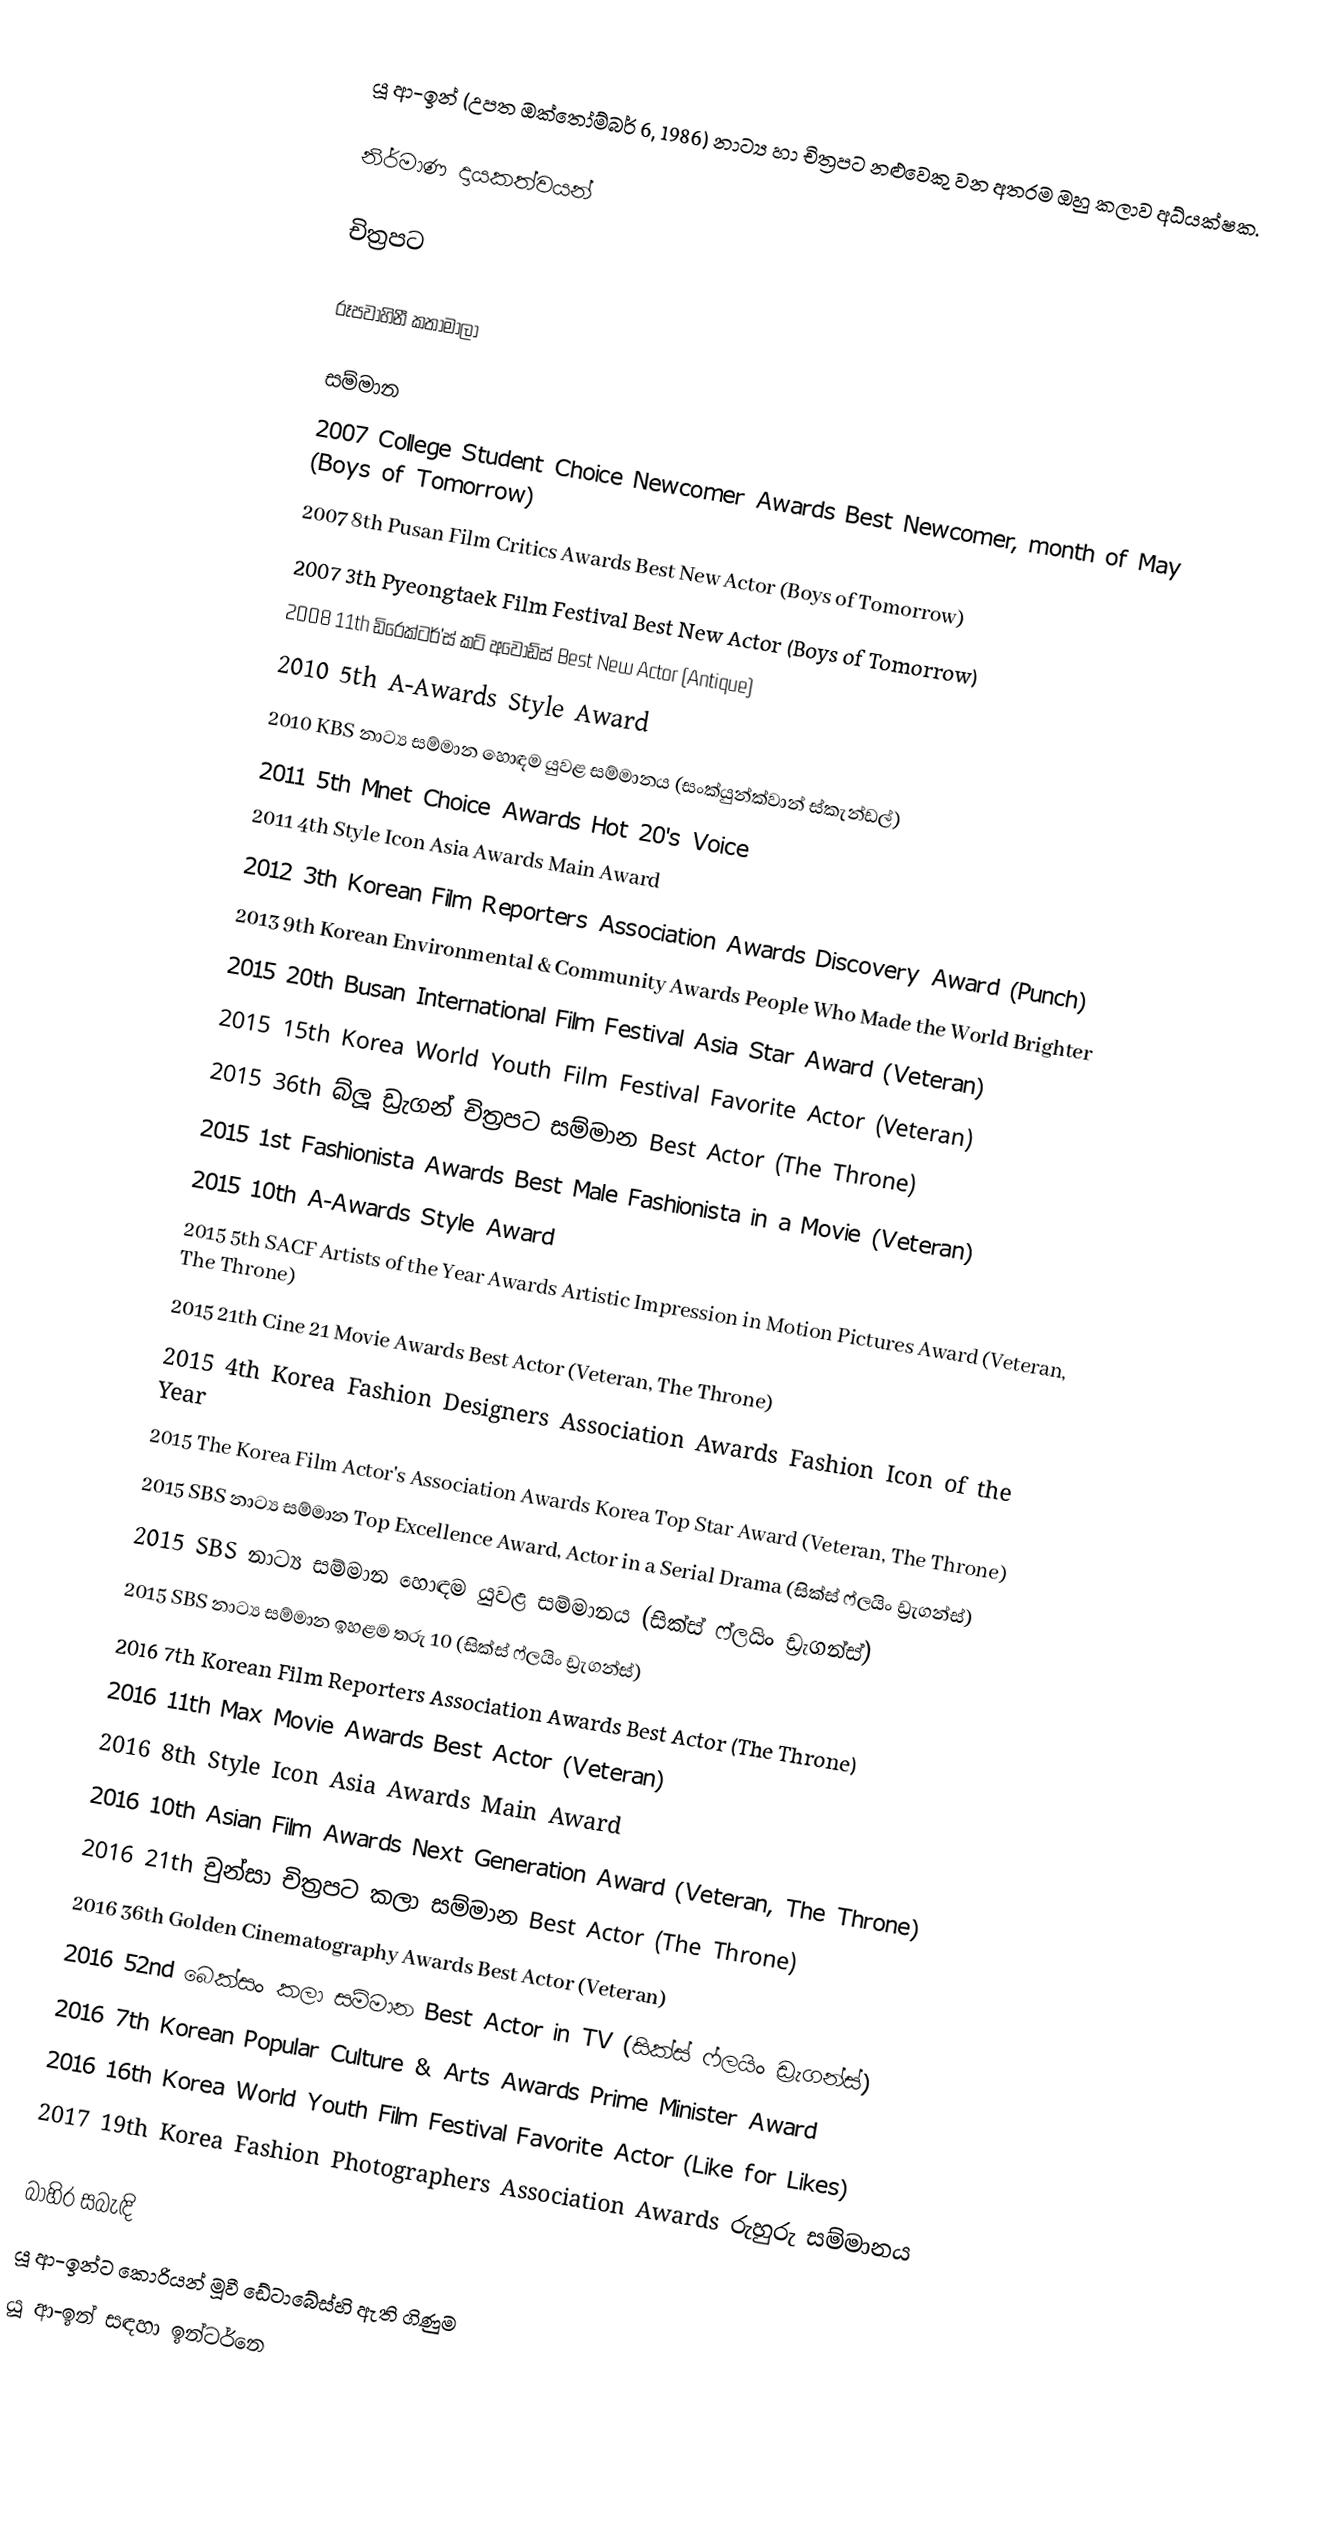
යූ ආ-ඉන් (උපත ඔක්තෝම්බර් 6, 1986) නාට්‍ය හා චිත්‍රපට නළුවෙකු වන අතරම ඔහු කලාව අධ්යක්ෂක.

නිර්මාණ දායකත්වයන්

චිත්‍රපට

රූපවාහිනී කතාමාලා

සම්මාන
 2007 College Student Choice Newcomer Awards Best Newcomer, month of May (Boys of Tomorrow)
 2007 8th Pusan Film Critics Awards Best New Actor (Boys of Tomorrow)
 2007 3th Pyeongtaek Film Festival Best New Actor (Boys of Tomorrow)
 2008 11th ඩිරෙක්ටර්'ස් කට් අවෝඩ්ස් Best New Actor (Antique)
 2010 5th A-Awards Style Award
 2010 KBS නාට්‍ය සම්මාන හොඳම යුවළ සම්මානය (සංක්යුන්ක්වාන් ස්කැන්ඩල්)
 2011 5th Mnet Choice Awards Hot 20's Voice
 2011 4th Style Icon Asia Awards Main Award
 2012 3th Korean Film Reporters Association Awards Discovery Award (Punch)
 2013 9th Korean Environmental & Community Awards People Who Made the World Brighter
 2015 20th Busan International Film Festival Asia Star Award (Veteran)
 2015 15th Korea World Youth Film Festival Favorite Actor (Veteran)
 2015 36th බ්ලූ ඩ්‍රැගන් චිත්‍රපට සම්මාන	 Best Actor (The Throne)
 2015 1st Fashionista Awards Best Male Fashionista in a Movie (Veteran)
 2015 10th A-Awards Style Award
 2015 5th SACF Artists of the Year Awards Artistic Impression in Motion Pictures Award (Veteran, The Throne)
 2015 21th Cine 21 Movie Awards Best Actor (Veteran, The Throne)
 2015 4th Korea Fashion Designers Association Awards Fashion Icon of the Year
 2015 The Korea Film Actor's Association Awards Korea Top Star Award (Veteran, The Throne)
 2015 SBS නාට්‍ය සම්මාන Top Excellence Award, Actor in a Serial Drama (සික්ස් ෆ්ලයිං ඩ්‍රැගන්ස්)
 2015 SBS නාට්‍ය සම්මාන හොඳම යුවළ සම්මානය (සික්ස් ෆ්ලයිං ඩ්‍රැගන්ස්)
 2015 SBS නාට්‍ය සම්මාන ඉහළම තරු 10 (සික්ස් ෆ්ලයිං ඩ්‍රැගන්ස්)
 2016 7th Korean Film Reporters Association Awards Best Actor (The Throne)
 2016 11th Max Movie Awards Best Actor (Veteran)
 2016 8th Style Icon Asia Awards Main Award
 2016 10th Asian Film Awards Next Generation Award (Veteran, The Throne)
 2016 21th චුන්සා චිත්‍රපට කලා සම්මාන Best Actor (The Throne)
 2016 36th Golden Cinematography Awards Best Actor (Veteran)
 2016 52nd බෙක්සං කලා සම්මාන Best Actor in TV (සික්ස් ෆ්ලයිං ඩ්‍රැගන්ස්)
 2016 7th Korean Popular Culture & Arts Awards Prime Minister Award
 2016 16th Korea World Youth Film Festival Favorite Actor (Like for Likes)
 2017 19th Korea Fashion Photographers Association Awards රුහුරු සම්මානය

බාහිර සබැඳි
 යූ ආ-ඉන්ට කොරියන් මූවී ඩේටාබේස්හි ඇති ගිණුම
 යූ ආ-ඉන් සඳහා ඉන්ටර්නෙ